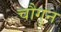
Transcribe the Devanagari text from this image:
चौगुन